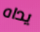
يداه